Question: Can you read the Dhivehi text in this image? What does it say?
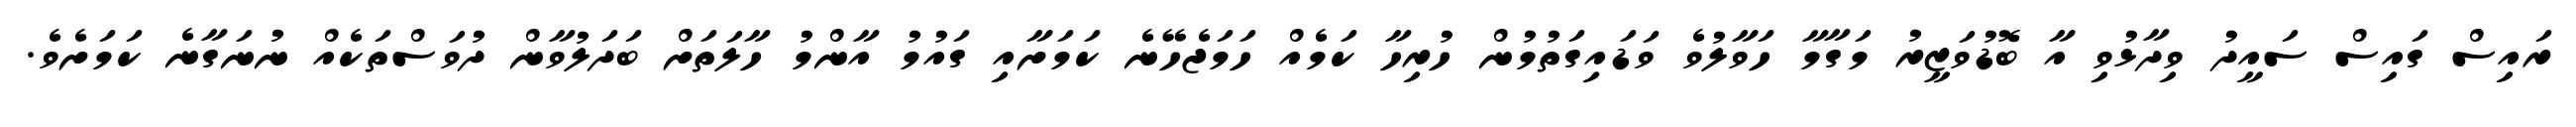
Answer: ރައިސް ގައިސް ސައީދު ވިދާޅުވި އާ ބޮޑުވަޒީރު މަގާމާ ހަވާލުވެ ވަޑައިގަތުމުން ހުރިހާ ކަމެއް ހަމަޖެހޭނެ ކަމަށާއި ގައުމު އާންމު ހާލަތަށް ބަދަލުވާން ދުވަސްތަކެއް ނުނަގާނެ ކަމަށެވެ.